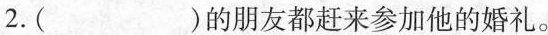
2.( )的朋友都赶来参加他的婚礼。